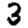
Digit: 3